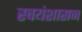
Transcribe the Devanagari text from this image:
स्वयंशासन